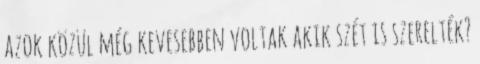
azok közül még kevesebben voltak akik szét is szerelték?